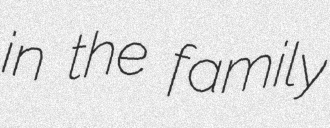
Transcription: in the family